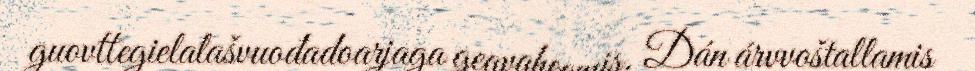
guovttegielalašvuođadoarjaga geavaheamis. Dán árvvoštallamis